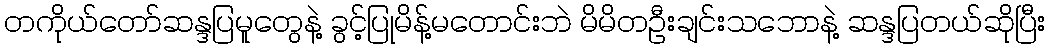
တကိုယ်တော်ဆန္ဒပြမူတွေနဲ့ ခွင့်ပြုမိန့်မတောင်းဘဲ မိမိတဦးချင်းသဘောနဲ့ ဆန္ဒပြတယ်ဆိုပြီး